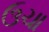
ઉચા